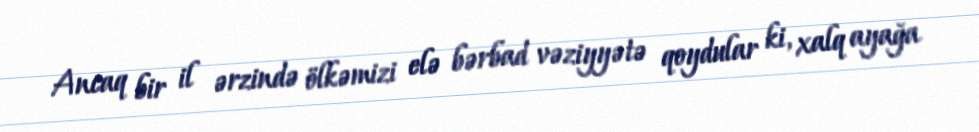
Ancaq bir il ərzində ölkəmizi elə bərbad vəziyyətə qoydular ki, xalq ayağa